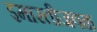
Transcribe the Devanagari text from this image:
इमारतीजवळ